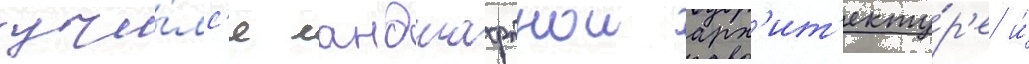
учи́лс'я ландшафтнои арх'ит'екту́р'е и́